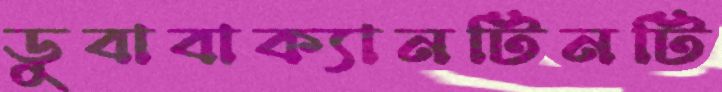
ডুবাবাক্যানটিনটি